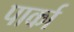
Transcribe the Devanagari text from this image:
पार्का